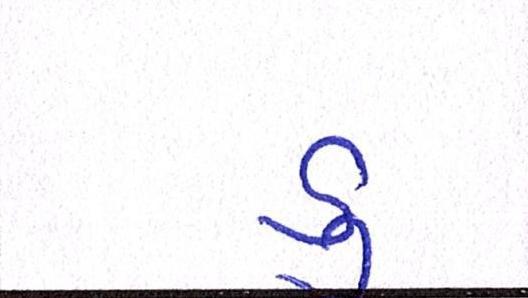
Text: ડુ